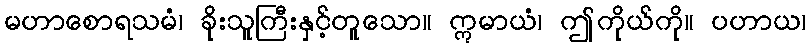
မဟာစောရသမံ၊ ခိုးသူကြီးနှင့်တူသော။ ဣမာယံ၊ ဤကိုယ်ကို။ ပဟာယ၊